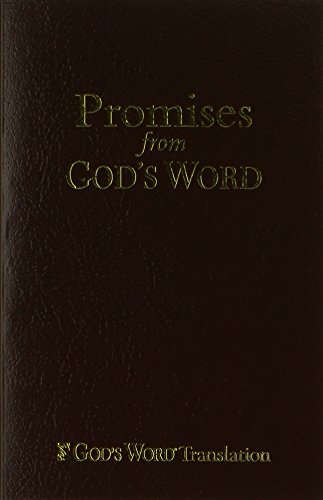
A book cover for Promises from GOD'S WORD; Christian Books & Bibles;